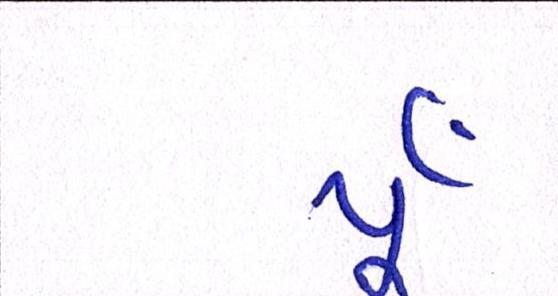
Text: યૂઁ